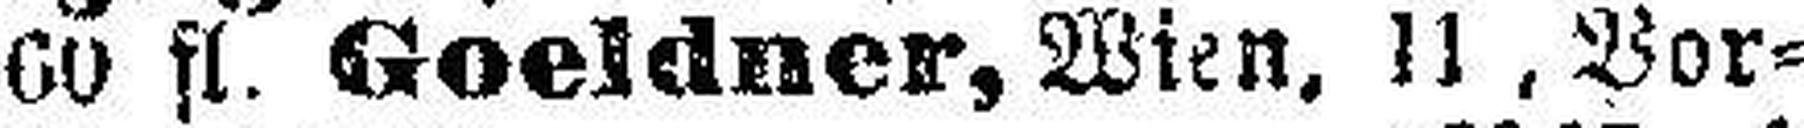
60 fl. Goeldner, Wien, 11, Vor¬